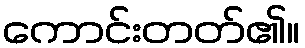
ကောင်းတတ်၏။